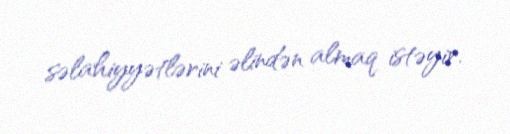
səlahiyyətlərini əlindən almaq istəyir.